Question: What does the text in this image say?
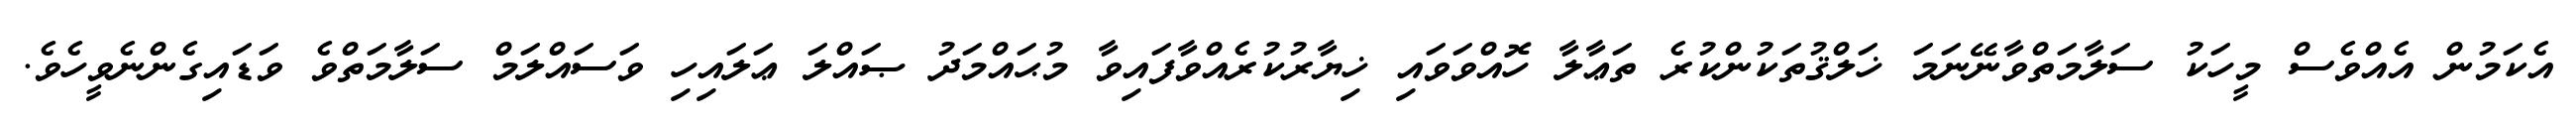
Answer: އެކަމުން އެއްވެސް މީހަކު ސަލާމަތްވާނޭނަމަ ޚަލްޤުތަކުންކުރެ ތަޢާލާ ހޮއްވަވައި ޚިޔާރުކުރެއްވާފައިވާ މުޙައްމަދު ޞައްލަ ޢަލައިހި ވަސައްލަމް ސަލާމަތްވެ ވަޑައިގެންނެވީހެވެ.